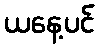
ယနေ့ပင်